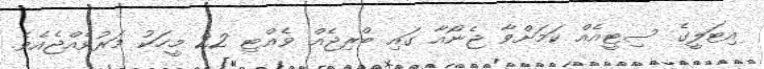
އިޓަލީގެ ސިޓީއެއް ކަމަށްވާ ޖެނޯއާ ގައި ބްރިޖެއް ވެއްޓި 22 މީހަކު މަރުވެއްޖެއެވެ.